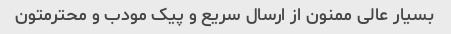
بسیار عالی ممنون از ارسال سریع و پیک مودب و محترمتون